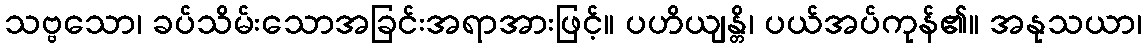
သဗ္ဗသော၊ ခပ်သိမ်းသောအခြင်းအရာအားဖြင့်။ ပဟိယျန္တိ၊ ပယ်အပ်ကုန်၏။ အနုသယာ၊